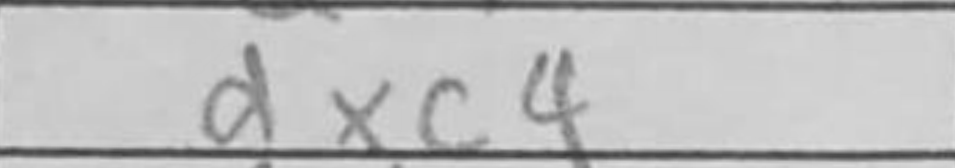
Transcription: dxc4